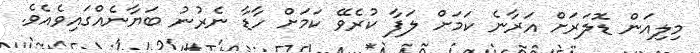
މިލިއަން ޑޮލަރަށް އަރާނެ ކަމަށް ލަފާ ކުރެވޭ ކަމަށް ހާޑާ ނެރުނު ބަޔާނެއްގައިވެއެވެ.